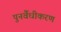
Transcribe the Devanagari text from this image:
पुनर्वैधीकरण